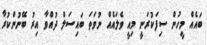
ބައެއް މީހުން ސިފަކުރަނީ މިއީ ވެލައެއް ނުވަތަ ބައިސަލް ދުއްވާ އިރު ބޭނުންކުރާ